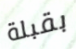
بقبلة